Tezpur Lunatic Asylum reports 1895-1904 - 1895-1904
Year: 1895
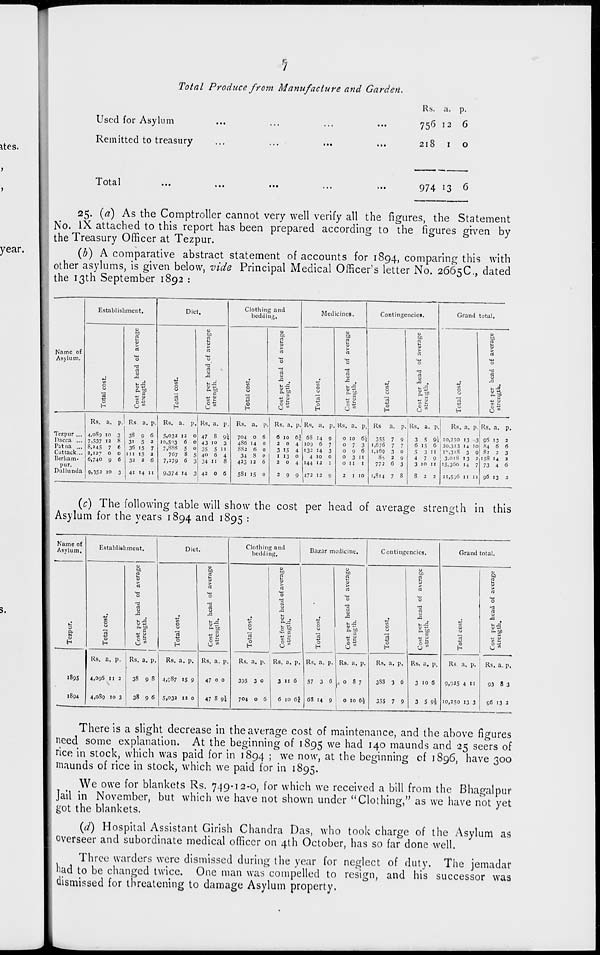
5
Total Produce from Manufacture and Garden.
Used for Asylum
Remitted to treasury
Rs. a. p.
756 12 6
218 1 o
Total
974 13 6
25. (a) As the Comptroller cannot very well verify all the figures, the Statement
No. IX attached to this report has been prepared according to the figures given by
the Treasury Officer at Tezpur.
(b) A comparative abstract statement of accounts for 1894, comparing this with
other asylums, is given below, vide Principal Medical Officer's letter No. 2665C, dated
the 13th September 1892 :
Estab ishment.
Diet
Clothing and
bedding.
Medicines.
Continge icici.
Grand total.
u
1
u
u
1 u
1
11
I
u
tn
to
tn
t«
tn
tn
n
n
a
n
nS
n
u
D
S3
>
n
rt
a
rt
rt
rt
Name of
Asylum.
0
■3
0
0
"3
■3
'o
0
■3
rt
a
a
«
rt
x
j
J3
.
V
X
X
.
■a .
j
J3
0
UX
0
ofi
tn
0
b 5
0
OJ w
0
t-~
0
0
C. tn
0
B. tD
C
a. tn
"
5.5!
S.^
"
*I
a
re
a
4J -J
n
3
rt
■k. 1)
0
O ■£
0
° Yr,
0
0
c ■£
0
c 'S
H
O M
H
O ""
H
O ">
1 H
(j u>
H
u m
C-l
(J ™
Rs. a. P- Rs. a. p- Rs. a. p, Rs. a. P Rs. a. p Rs. a, p. R<5. a. P- Ks. a. P. Rs a. p. Rs. a. P
Rs. a. P Rs. a. p.
Tezpur ... 4,089 10 3 3S 9 6 5,032 12 0 47 8 9* 704 0 6 6 10 ej 68 14 9
0 10 6\
355
7 9
3 S 91 10,250 13 3 96 13 2
Dacca ... 7.537 12 8 3i 5 2 10,503 6 0 43 10 3
486 14
0
2 0 4 I109 6 7
0 7 3
1,676
7
7
6 IS 6 120,313 14 10 84 6 6
P.'.tna ... 8. MS 7 6 36 IS 7 7,888 5 0 35 S 11
882 6 0
3 IS
4 132 14 3
0 9 6
1,169 3 0
5
3 II
I\3"S
3 9 82
2
3
Cuttack... 2,127 ° 0 in is 2
767 8 5 40 6 4
34 8 0
1 13 0
4 10 0
0 3 II
8s 2 9
4
7 9
3.01S 13 2 158 M 2
Uerham-
6,740 9 6 32 2 6
7,279 6 3 34 11
8
423 12
6
2
0 4 144 '2 1
0 11
1
772 6 3
3 10 11 15,360 14
7 73 4 6
pur.
Dullunda 9,352 10 3 41 14 II 9,374 14 : 42 0 6
581 15
0
2
9 9 472 12 9
2
1 10
1,814 7 S
8
2
2
21,536 II 11 96 13
2
(c) The following table will show the cost per head of average strength in this
Asylum for the years 1894 and 1895 :
Name of
Asylum.
Establishment.
Diet.
Clotliing and
bedding.
Bazar medicine.
Contingc ncies.
Grand total.
u
tn
u
tn
1
u
tn
I
1 tn
tn
0
to
rt
5
E
2
c
i
9
9
u
9
1-
a
rt
rt
t^
rt
n
0
0
0
0
0
-3
-3
rt
•
■3
"3
-3
a
rt
J3
rt
n
rt
0
X
,0
Xi
X
■G
"S
Vi
t. A
V,
u
tn
u X!
tn
i. A
tin
t-g
0
0 73
i>73
O
v ~
B. tn
B. y;
u
c tn
B. tn
a. tn
B
_
* c
Q
rt
rt
rt
■M U
a
ss«
O
C H
0
0 «
0
6 "
0
0
0
H
H
|
O"
H
y w
H
(J m
H
1 U '"
H
u ""
H
O "
Rs. a. p. Rs. a. p. Rs. a. p. Rs. a. p.
Rs. a. p. Rs, a. P. 1 Rs. a. P- Rs. a. P.
Rs. a. p. Rs. a. P.
Rs a. p. Rs. a. p.
189S
4,096 11 2
\
38 9 S 4.C87 15 9
47 0 0
335 3 0
3 11 6 ! 57 3 6
0 8 7
3S8 3 6
3 10 6
9,025 4 11
93 8 3
1894
4,oSg 10 3
38 9 6 5,032 12 0
47 8 9-1
704 0 6
6 10 61 I 63 14 9
0 10
1
6*
355 7 9
3 S 9l 10,250 13 3
56 13 2
There is a slight decrease in the average cost of maintenance, and the above figures
need some explanation. At the beginning of 1895 we na<^ ! 4° niaunds and 25 seers of
nee in stock, which was paid for in 1894 ; we now, at the beginning cf 1896, have 300
m.iunds of rice in stock, which we paid for in 1895.
We owe for blankets Rs. 749-12-0, for which we received a bill from the Bhagalpuf
Jail in November, but which we have not shown under "Clothing," as we have not yet
got the blankets.
((/) Hospital Assistant Girish Chandra Das, who took charge of the Asylum as
overseer and subordinate medical officer on 4th October, has so far done well.
Three warders were dismissed during the year for neglect of duty. The jemadar
nad to be changed twice. One man was compelled to resign, and his successor was
dismissed for threatening to damage Asylum property.